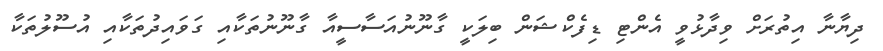
ދިޔާނާ އިތުރަށް ވިދާޅުވީ އެންޓި ޑިފެކްޝަން ބިލަކީ ގާނޫނުއަސާސީއާ ގާނޫނުތަކާއި ގަވައިދުތަކާއި އުސޫލުތަކާ